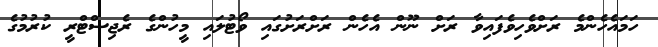
ހަމައެހެންމެ ރަށްވެހިވެފައިވާ ރަށް ނޫން އެހެން ރަށްރަށުގައި ވޯޓުލައި މީހުންގެ ރެޖިސްޓްރީ ކުރުމުގެ